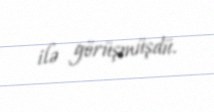
ilə görüşmüşdü.